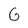
Character: G